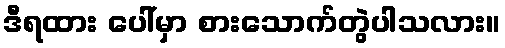
ဒီရထား ပေါ်မှာ စားသောက်တွဲပါသလား။